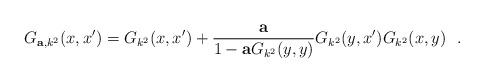
LaTeX: \begin{align*}G_{{\bf a},k^2} (x,x')=G_{k^2} (x,x')+{{\bf a}\over 1-{\bf a}G_{k^2}(y,y)}G_{k^2}(y,x')G_{k^2} (x,y)~~.\end{align*}